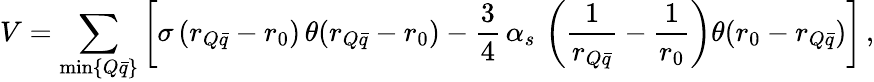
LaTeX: V=\sum_{\operatorname*{min}\{ Q\bar{q}\} }\left[\sigma\, (r_{Q\bar{q}}-r_{0})\, \theta(r_{Q\bar{q}}-r_{0})-\frac{3}{4}\, \alpha_{s}\, \left(\frac{1}{r_{Q\bar{q}}}-\frac{1}{r_{0}}\right)\theta(r_{0}-r_{Q\bar{q}})\right]\, ,